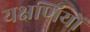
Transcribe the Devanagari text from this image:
यक्षणियों